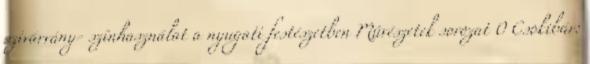
szivárvány- színhasználat a nyugati festészetben Művészetek sorozat 0 Csokibár: